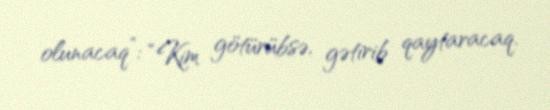
olunacaq”: “Kim götürübsə, gətirib qaytaracaq.